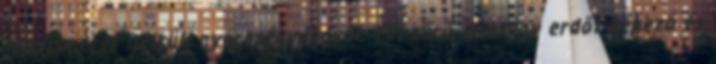
lelkiismeret nélküli nyereségvággyal. Túl sűrű, mintegy erdőt képező és